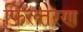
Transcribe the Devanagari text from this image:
फिल्तरण